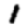
Digit: 1